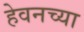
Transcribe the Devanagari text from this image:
हेवनच्या